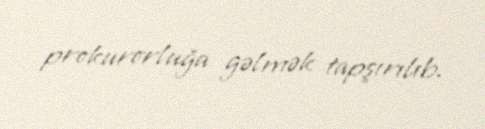
prokurorluğa gəlmək tapşırılıb.